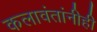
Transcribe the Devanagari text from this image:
कलावंतांनीही